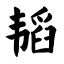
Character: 韬